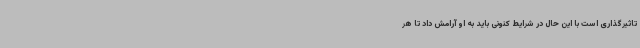
تاثیرگذاری است با این حال در شرایط کنونی باید به او آرامش داد تا هر